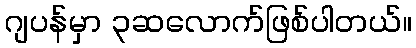
ဂျပန်မှာ ၃ဆလောက်ဖြစ်ပါတယ်။